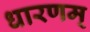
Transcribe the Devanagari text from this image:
धारणम्